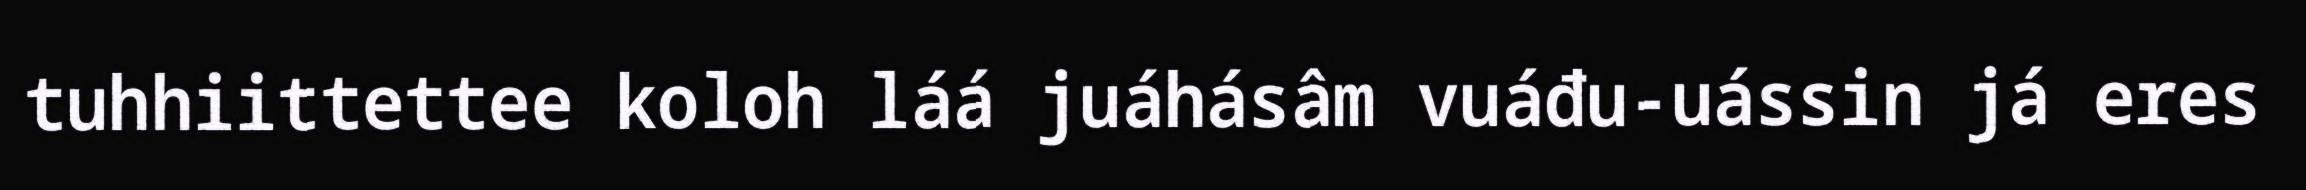
tuhhiittettee koloh láá juáhásâm vuáđu-uássin já eres